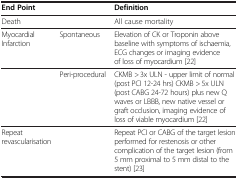
| End Point |  | Definition |
 | --- | --- | --- |
 | Death |  | All cause mortality |
 | Myocardial Infarction | Spontaneous | Elevation of CK or Troponin above baseline with symptoms of ischaemia, ECG changes or imaging evidence of loss of myocardium [22] |
 |  | Peri-procedural | CKMB > 3x ULN - upper limit of normal (post PCI 12-24 hrs) CKMB > 5x ULN (post CABG 24-72 hours) plus new Q waves or LBBB, new native vessel or graft occlusion, imaging evidence of loss of viable myocardium [22] |
 | Repeat revascularisation |  | Repeat PCI or CABG of the target lesion performed for restenosis or other complication of the target lesion (from 5 mm proximal to 5 mm distal to the stent) [23] |